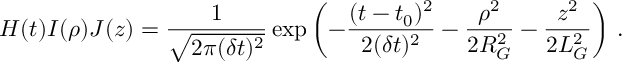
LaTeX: H ( t ) I ( \rho ) J ( z ) = \frac { 1 } { \sqrt { 2 \pi ( \delta t ) ^ { 2 } } } \exp \left( - \frac { ( t - t _ { 0 } ) ^ { 2 } } { 2 ( \delta t ) ^ { 2 } } - \frac { \rho ^ { 2 } } { 2 R _ { G } ^ { 2 } } - \frac { z ^ { 2 } } { 2 L _ { G } ^ { 2 } } \right) \, .